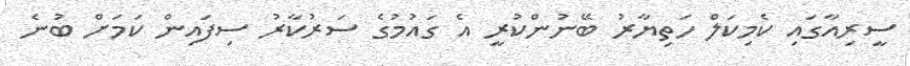
ސީރިއާގައި ކެމިކަލް ހަތިޔާރު ބޭނުންކުރީ އެ ގައުމުގެ ސަރުކާރު ސިފައިން ކަމަށް ބުނެ